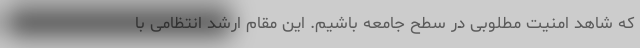
که شاهد امنیت مطلوبی در سطح جامعه باشیم. این مقام ارشد انتظامی با